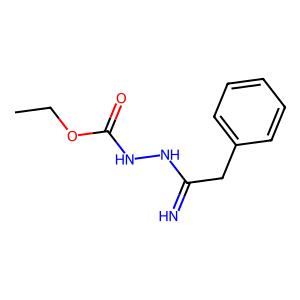
SMILES: CCOC(=O)NNC(=N)Cc1ccccc1
Inhibits HIV replication: No